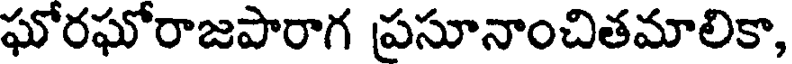
ఘోరఘోరాజపారాగ ప్రసూనాంచితమాలికా,